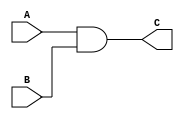
`timescale 1ns / 1ps
//////////////////////////////////////////////////////////////////////////////////
// Company: 
// Engineer: 
// 
// Design Name: 
// Module Name: and_2
// Project Name: 
// Target Devices: 
// Tool Versions: 
// Description: 
// 
// Dependencies: 
// 
// Revision:
// Revision 0.01 - File Created
// Additional Comments:
// 
//////////////////////////////////////////////////////////////////////////////////

`define WORD_SIZE 16

module and_16_2(
    A, B, C
    );
    
    input [`WORD_SIZE-1:0] A, B;
    output reg [`WORD_SIZE-1:0] C;
    
    always @(*) begin
        C = A&B;
    end
endmodule